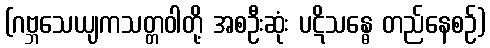
(ဂဗ္ဘသေယျကသတ္တဝါတို့ အစဦးဆုံး ပဋိသန္ဓေ တည်နေစဉ်)